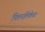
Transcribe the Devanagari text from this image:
पित्तनलिकेचा